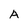
Character: A